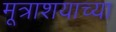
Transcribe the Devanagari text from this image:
मूत्राशयाच्या